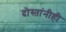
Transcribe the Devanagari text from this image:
दोस्तांनीही